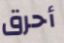
أحرق